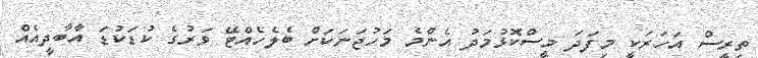
ތިރީސް އަހަރަކީ މިފަދަ މީސްކޮޅުމަދު އެންމެ މަހުޖަނަކަށް ބެލެހެއްޓޭ ވަރުގެ ކުޑަކުޑަ އާބާދީއެއް